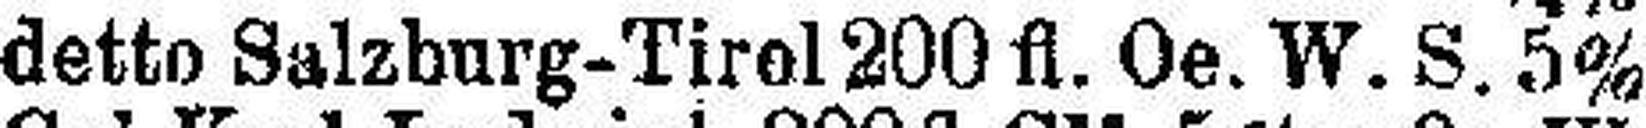
detto Salzburg-Tirol 200 fl. Oe.W. S. 5%